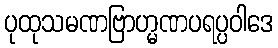
ပုထုသမဏဗြာဟ္မဏပရပ္ပဝါဒေ